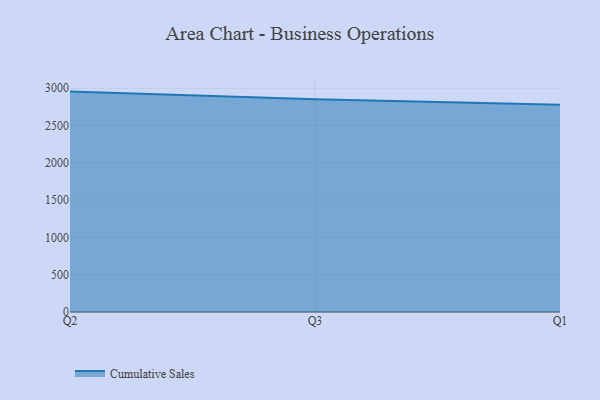
{"axis": {"x": "Quarter", "y": "Market Share (%)"}, "legend": ["Cumulative Sales"], "data": [{"x": "Q2", "y": 2955.5, "type": "Cumulative Sales"}, {"x": "Q3", "y": 2851.4, "type": "Cumulative Sales"}, {"x": "Q1", "y": 2778.5, "type": "Cumulative Sales"}]}